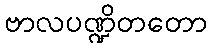
ဗာလပဏ္ဍိတတော